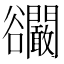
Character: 𧯘